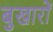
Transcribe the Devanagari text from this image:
बुखारों